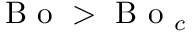
\mathrm { ~ B ~ o ~ } > \mathrm { ~ B ~ o ~ } _ { c }